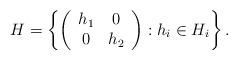
LaTeX: \begin{align*}H = \left\{ \left( \begin{array}{cc} h_1 & 0 \\ 0 & h_2 \end{array} \right) : h_i \in H_i \right\}. \end{align*}